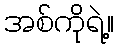
အစ်ကိုရဲ့။